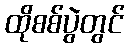
ထိုစစ်ပွဲတွင်